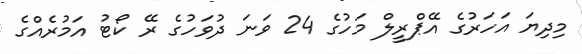
މިދިޔަ އަހަރުގެ އޭޕްރީލް މަހުގެ 24 ވަނަ ދުވަހުގެ ރޭ ކޯޓު އަމުރެއްގެ